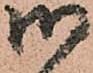
御